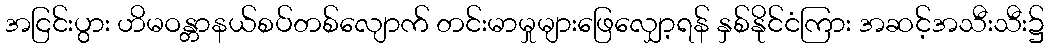
အငြင်းပွား ဟိမဝန္တာနယ်စပ်တစ်လျောက် တင်းမာမှုများဖြေလျှော့ရန် နှစ်နိုင်ငံကြား အဆင့်အသီးသီး၌